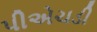
પીએચડી